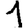
Digit: 1